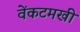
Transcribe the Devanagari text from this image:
वेंकटमखी